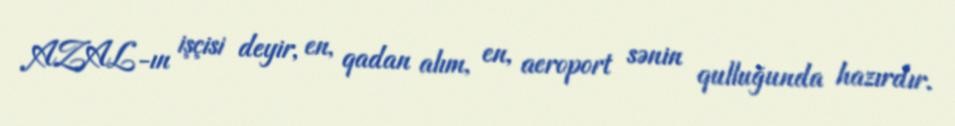
AZAL-ın işçisi deyir, en, qadan alım, en, aeroport sənin qulluğunda hazırdır.